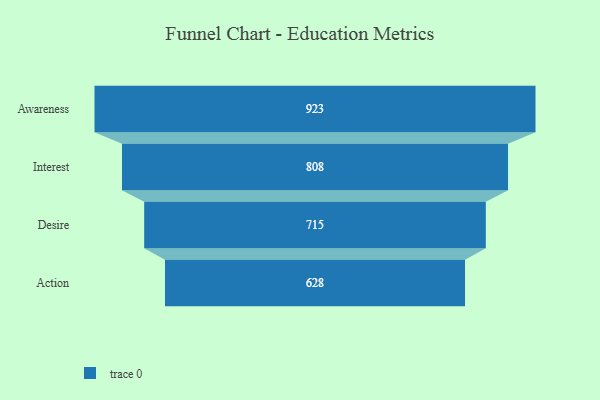
{"axis": {"x": "Stage", "y": "Value"}, "legend": [""], "data": [{"x": "Awareness", "y": 923.0, "type": ""}, {"x": "Interest", "y": 808.0, "type": ""}, {"x": "Desire", "y": 715.0, "type": ""}, {"x": "Action", "y": 628.0, "type": ""}]}